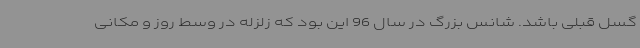
گسل قبلی باشد. شانس بزرگ در سال 96 این بود که زلزله در وسط روز و مکانی